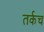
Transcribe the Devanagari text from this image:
तर्कच